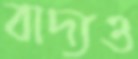
বাদ্যও